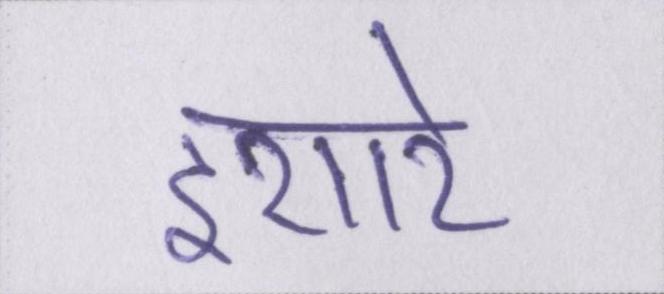
इशारे